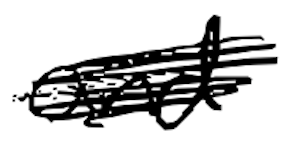
Text: and
Cross-out: scratch
Writing tool: digital_black